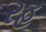
રહ